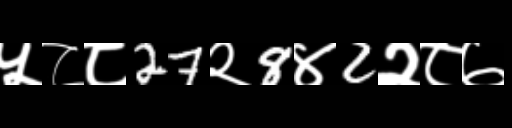
Text: ५८८27२8४2२८७